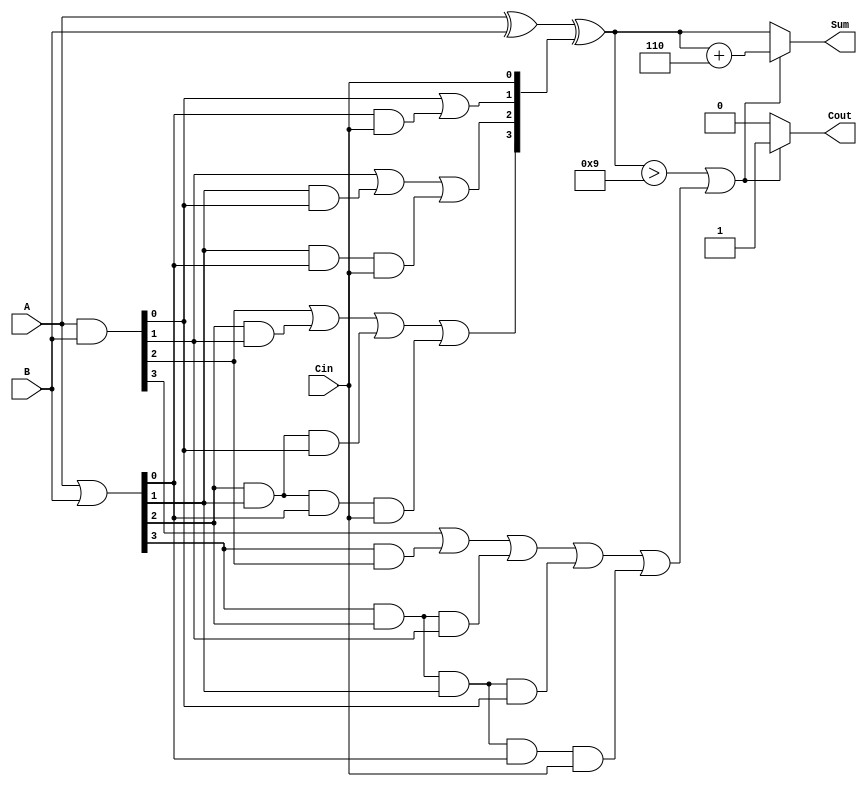
module BCD_Carry_Lookahead_Adder (
    input  wire [3:0] A,      // BCD input A
    input  wire [3:0] B,      // BCD input B
    input  wire Cin,          // Carry-in
    output reg  [3:0] Sum,    // BCD sum output
    output reg  Cout          // Carry-out
);

    wire [3:0] G;            // Generate signals
    wire [3:0] P;            // Propagate signals
    wire [4:0] C;            // Carry signals

    // Generate and Propagate calculations
    assign G = A & B;        // G[i] = A[i] AND B[i]
    assign P = A | B;        // P[i] = A[i] OR B[i]

    // Carry signal calculations
    assign C[0] = Cin;       // C[0] = Cin
    assign C[1] = G[0] | (P[0] & C[0]);
    assign C[2] = G[1] | (P[1] & G[0]) | (P[1] & P[0] & C[0]);
    assign C[3] = G[2] | (P[2] & G[1]) | (P[2] & P[1] & G[0]) | (P[2] & P[1] & P[0] & C[0]);
    assign C[4] = G[3] | (P[3] & G[2]) | (P[3] & P[2] & G[1]) | (P[3] & P[2] & P[1] & G[0]) | (P[3] & P[2] & P[1] & P[0] & C[0]);

    // Raw sum calculation
    wire [3:0] raw_sum;
    assign raw_sum = A ^ B ^ C[3:0];  // Sum[i] = A[i] XOR B[i] XOR C[i]

    // BCD correction logic
    always @(*) begin
        if (raw_sum > 9 || C[4]) begin
            Sum = raw_sum + 4'b0110;  // BCD correction: Add 6
            Cout = 1'b1;               // Set carry-out
        end else begin
            Sum = raw_sum;             // No correction needed
            Cout = 1'b0;               // Clear carry-out
        end
    end

endmodule